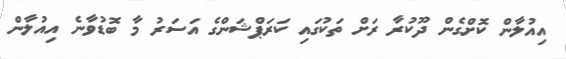
އިއުލާން ކޮށްގެން ދޫކުރާ ރަށް ތަކުގައި ކަރަޕްޝަންގެ އަސަރު މާ ބޮޑުވާނެ އިއުލާން